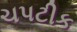
ચપટીક